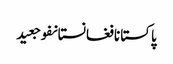
پاکستانافغانستانفوجعید